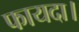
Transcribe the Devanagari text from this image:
फायदा।